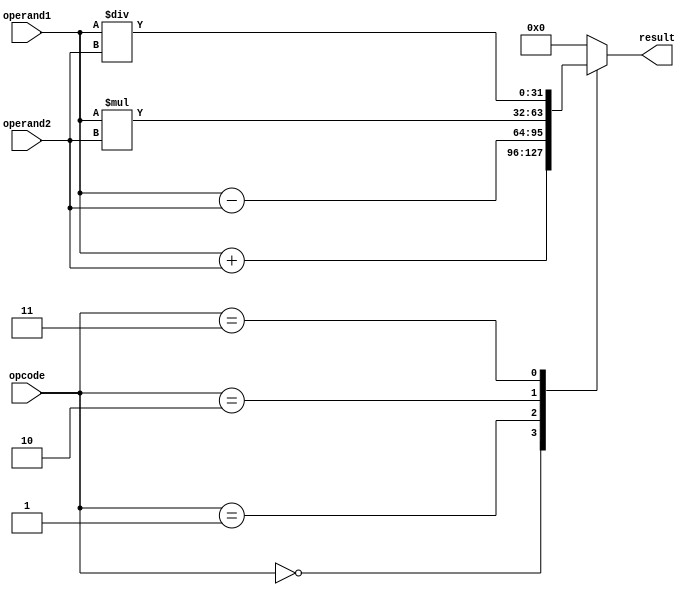
module ALU(input [31:0] operand1, operand2, input [2:0] opcode, output reg [31:0] result);

reg [31:0] add_result, sub_result, mul_result, div_result;

always @ (*)
begin
    case(opcode)
        3'b000: // Addition
            begin
                add_result = operand1 + operand2;
                result = add_result;
            end
        3'b001: // Subtraction
            begin
                sub_result = operand1 - operand2;
                result = sub_result;
            end
        3'b010: // Multiplication
            begin
                mul_result = operand1 * operand2;
                result = mul_result;
            end
        3'b011: // Division
            begin
                div_result = operand1 / operand2;
                result = div_result;
            end
        default: // Unsupported operation
            result = 0;
    endcase
end

endmodule